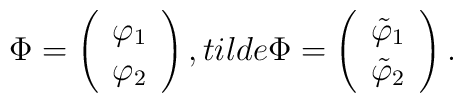
\Phi=\left(\begin{array}{c} \varphi_1\\ \varphi_2\end{array}\right),\ \\tilde\Phi=\left(\begin{array}{c} \tilde\varphi_1\\ \tilde\varphi_2\end{array}\right).